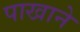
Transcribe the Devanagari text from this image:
पाखाने